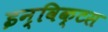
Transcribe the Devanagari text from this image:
इन्विक्टस